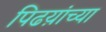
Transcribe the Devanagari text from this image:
पिढय़ांच्या